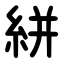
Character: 絣